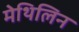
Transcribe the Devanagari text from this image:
मेथिलिन